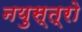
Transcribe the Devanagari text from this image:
नयुस्त्रो